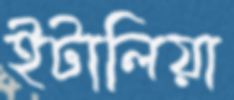
ইটালিয়া